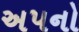
અપનો